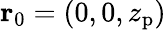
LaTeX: {\mathbf r}_{0}=(0,0,z_{\mathrm{p}})